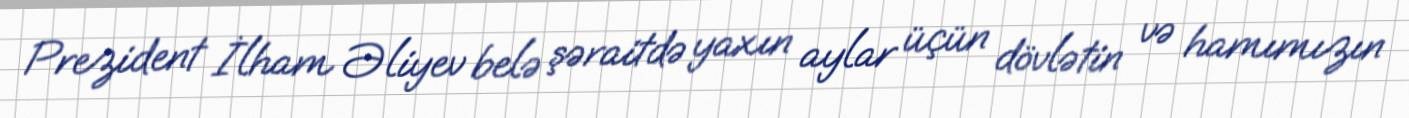
Prezident İlham Əliyev belə şəraitdə yaxın aylar üçün dövlətin və hamımızın